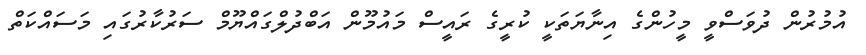
އުމުރުން ދުވަސްވީ މީހުންގެ އިނާޔަތަކީ ކުރީގެ ރައީސް މައުމޫން އަބްދުލްގައްޔޫމް ސަރުކާރުގައި މަސައްކަތް